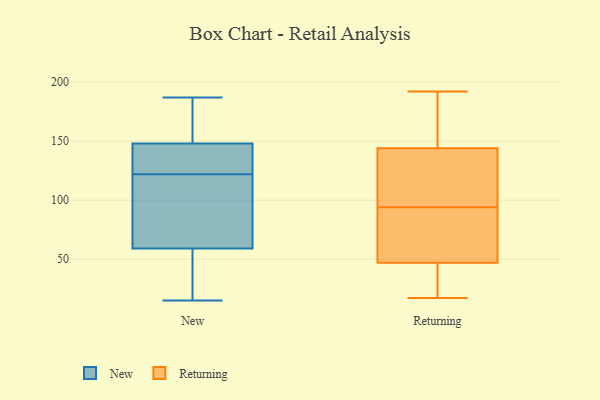
{"axis": {"x": "Page Views", "y": "Value"}, "legend": ["New", "Returning"], "data": [{"x": "", "y": 124, "type": "New"}, {"x": "", "y": 158, "type": "New"}, {"x": "", "y": 176, "type": "New"}, {"x": "", "y": 133, "type": "New"}, {"x": "", "y": 187, "type": "New"}, {"x": "", "y": 59, "type": "New"}, {"x": "", "y": 148, "type": "New"}, {"x": "", "y": 147, "type": "New"}, {"x": "", "y": 15, "type": "New"}, {"x": "", "y": 68, "type": "New"}, {"x": "", "y": 60, "type": "New"}, {"x": "", "y": 54, "type": "New"}, {"x": "", "y": 120, "type": "New"}, {"x": "", "y": 57, "type": "New"}, {"x": "", "y": 86, "type": "Returning"}, {"x": "", "y": 53, "type": "Returning"}, {"x": "", "y": 102, "type": "Returning"}, {"x": "", "y": 56, "type": "Returning"}, {"x": "", "y": 150, "type": "Returning"}, {"x": "", "y": 122, "type": "Returning"}, {"x": "", "y": 163, "type": "Returning"}, {"x": "", "y": 28, "type": "Returning"}, {"x": "", "y": 138, "type": "Returning"}, {"x": "", "y": 77, "type": "Returning"}, {"x": "", "y": 41, "type": "Returning"}, {"x": "", "y": 37, "type": "Returning"}, {"x": "", "y": 192, "type": "Returning"}, {"x": "", "y": 17, "type": "Returning"}, {"x": "", "y": 185, "type": "Returning"}, {"x": "", "y": 130, "type": "Returning"}]}